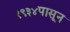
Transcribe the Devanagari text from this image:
१९३४पासून